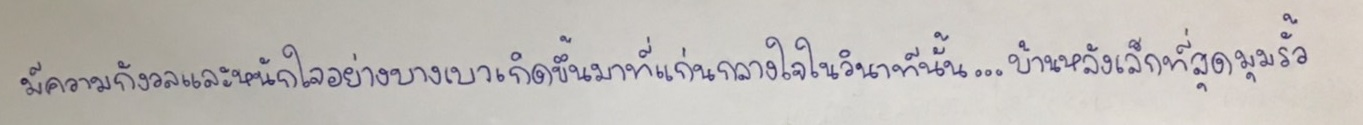
มีความกังวลและหนักใจอย่างบางเบาเกิดขึ้นมาที่แก่นกลางใจในวินาทีนั้น...บ้านหลังเล็กที่สุดมุมรั้ว